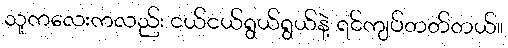
သူကလေးကလည်း ငယ်ငယ်ရွယ်ရွယ်နဲ့ ရင်ကျပ်တတ်တယ်။